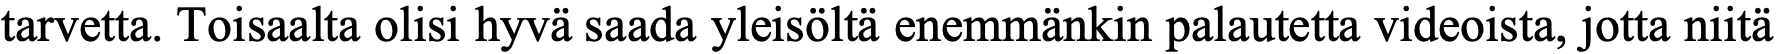
tarvetta. Toisaalta olisi hyvä saada yleisöltä enemmänkin palautetta videoista, jotta niitä